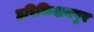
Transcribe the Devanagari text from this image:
हरिकिशनपुर